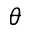
\theta